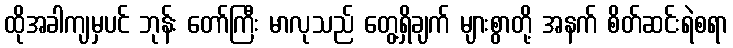
ထိုအခါကျမှပင် ဘုန်း တော်ကြီး မာလုသည် တွေ့ရှိချက် များစွာတို့ အနက် စိတ်ဆင်းရဲစရာ